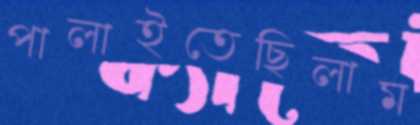
পালাইতেছিলাম